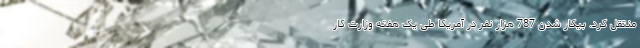
منتقل کرد. بیکار شدن 787 هزار نفر در آمریکا طی یک هفته وزارت کار